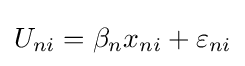
U_{ni}=\beta _{n}x_{ni}+\varepsilon _{ni}